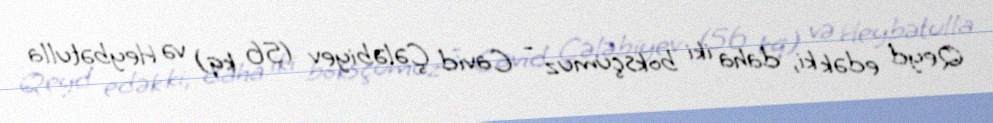
Qeyd edək ki, daha iki boksçumuz - Cavid Çələbiyev (56 kq) və Heybətulla